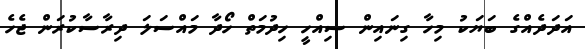
އަދަދެއްގެ ބަޔަކު މިހާ ގިނައިން ސިއްހީ ހިދުމަތް ހޯދާ މައްސަލަ ދިރާސާކުރަން ޖެހެ